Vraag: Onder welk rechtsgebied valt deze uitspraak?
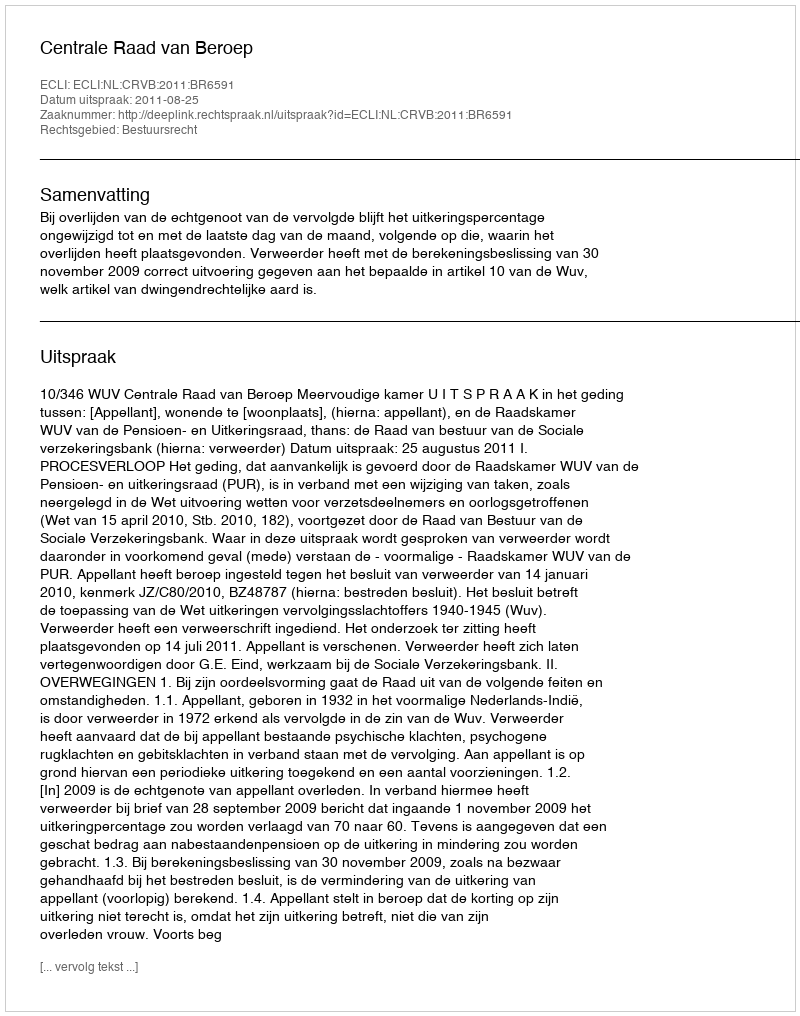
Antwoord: Bestuursrecht